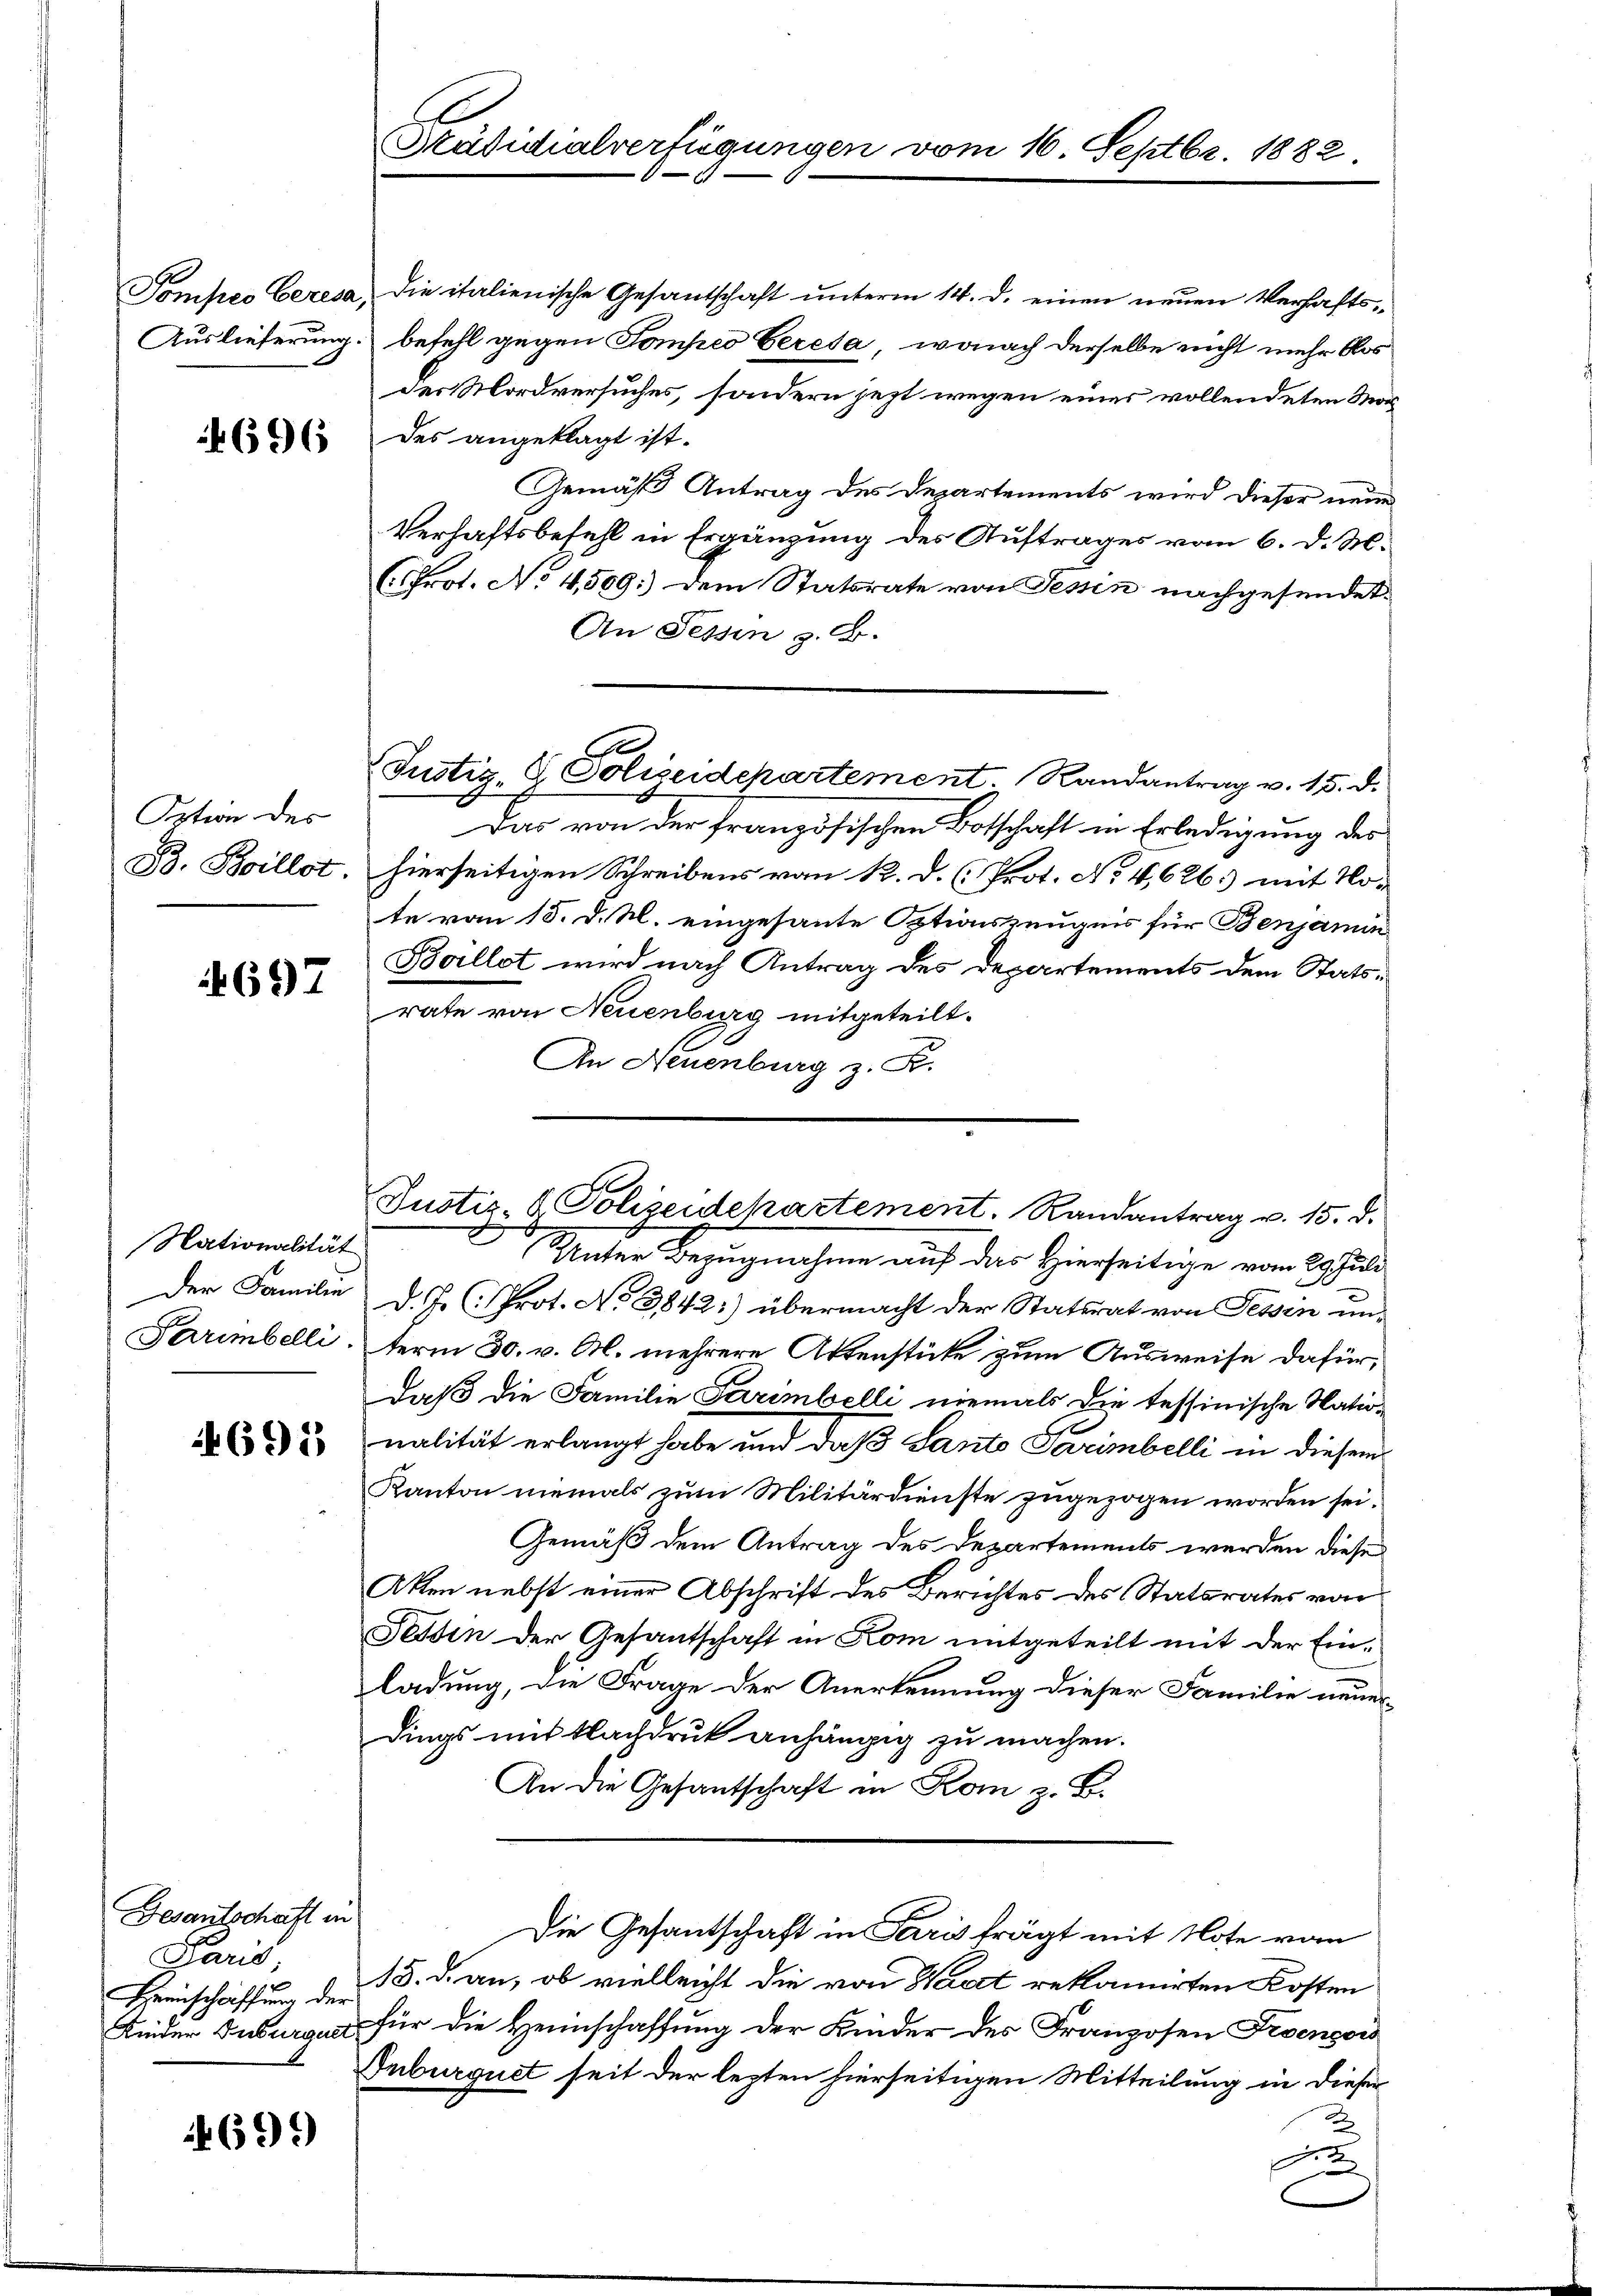
Pompes Ceresa,
Auslieferung.

696

Option des
B. Boillot.

4697

Nationalität
Der Familie
Parmbelli.

4691)

Gesantschaft in
Paris
Heinschaffung der
Kinder Duburgult

699

Präsidialverfügungen vom 16. Septbr. 1882.

Die italienische Gesantschaft unterm 14. d. einen neuen Verhaftsbefehl gegen Pompeo Ceresa, wonach derselbe nicht mehr blos
des Mordversuches, sondern jezt wegen eines vollendeten Masdes angeklagt ist.
Gemäß Antrag des Departements wird dieser neue
Verhaftsbefehl in Ergänzung des Auftrages vom 6. d. M.
(Prot. No 4,509: dem Statsrate von Fessen nachgesendet.
An Tessin z. B.
Das von der französischen Botschaft in Erledigung des
hierseitigen Schreibens von R. d. (Prot. No. 4,626. mit No-
te vom 18. d. M. eingesante Optionszeugen für Benjamin
Faillet wird nach Antrag des Departements dem Statsrate von Neuenburg mitgeteilt.
An Neuenburg z. B.
d
Unter Bezugnahme auf der Hierseitige vom Schul
d.J. (Prot. No 3842:) übermacht der Statsrat von Sessen unterm 30. v. Al. mehrere Aktenstüke zum Ausweise dafür,
daß die Familie Parimbelli niemals die tessinische Nation
nalität erlangt habe und daß Santo Parimbelli in diesem
Kanton niemals zum Militärdienste zugezogen worden sei.
Gemäß dem Antrag des Departements werden diese
Akten nebst einer Abschrift des Berichtes des Statsrates von
Tessin der Gesantschaft in Kom mitgeteilt mit der Ein¬
Ladung, die Frage der Anerkennung dieser Familie neuerdings mit Nachdruk anhängig zu machen.
An die Gesantschaft in Rom z. B.
Die Gesantschaft in Paris trägt mit Note vom
18. d. an, ob vielleicht die von Waat reklamirten Kosten
für die Heimschaffung der Kinder des Franzosen Proensors
Inburguet seit der lezten hierseitigen Mitteilung in dieser
u

S
Justiz- & Polizeidepartement. Randantrag u. 15. d.

Justiz- & Polizeidekartement. Randantrag u. 15. d.